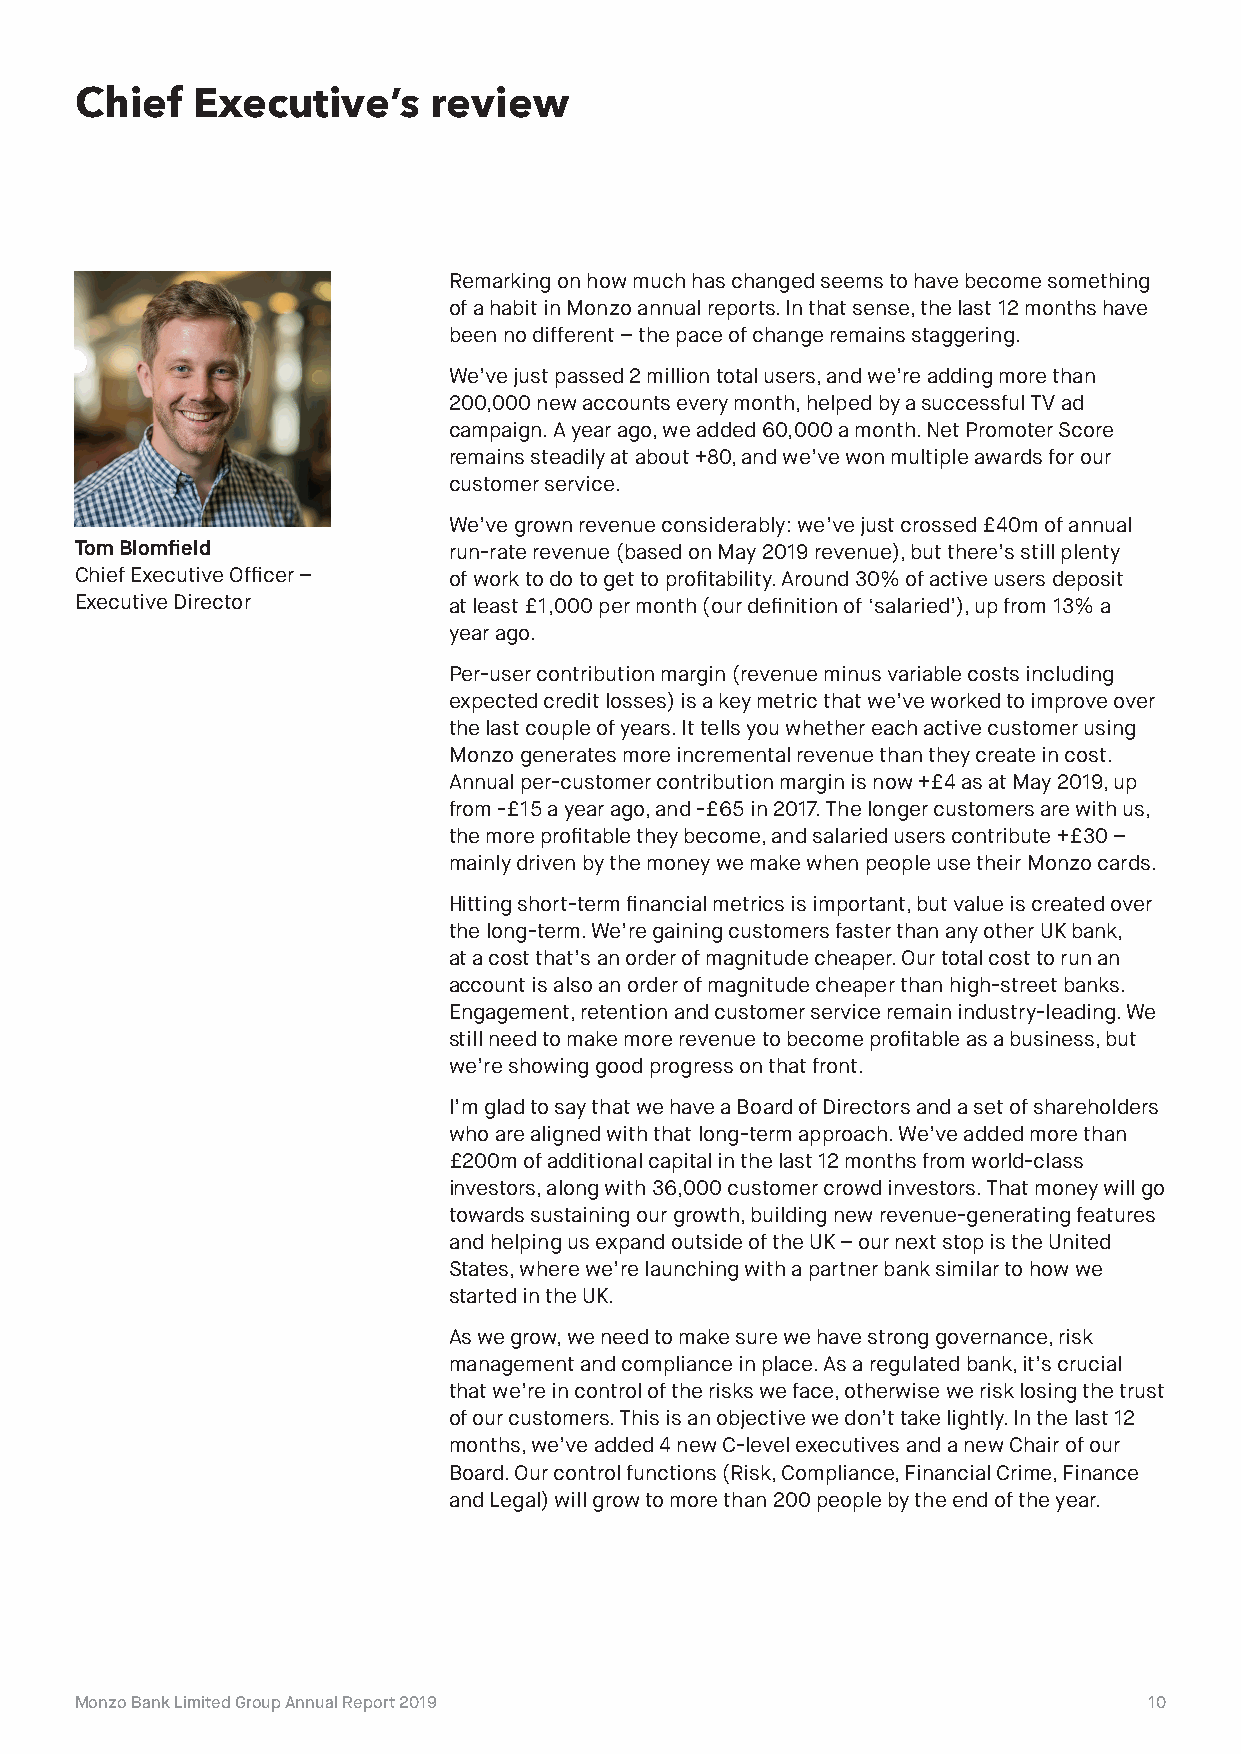
Chief   Executive’s     review
 Remarking on how much has changed seems to have become something
 of a habit in Monzo annual reports. In that sense, the last 12 months have
 been no different – the pace of change remains staggering.
 We’ve just passed 2 million total users, and we’re adding more than
 200,000 new accounts every month, helped by a successful TV ad
 campaign. A year ago, we added 60,000 a month. Net Promoter Score
 remains steadily at about +80, and we’ve won multiple awards for our
 customer service.
 We’ve grown revenue considerably: we’ve just crossed £40m of annual
 Tom Blomfield            run-rate revenue (based on May 2019 revenue), but there’s still plenty
 Chief Executive Officer – of work to do to get to profitability. Around 30% of active users deposit
 Executive Director       at least £1,000 per month (our definition of ‘salaried’), up from 13% a
 year ago.
 Per-user contribution margin (revenue minus variable costs including
 expected credit losses) is a key metric that we’ve worked to improve over
 the last couple of years. It tells you whether each active customer using
 Monzo generates more incremental revenue than they create in cost.
 Annual per-customer contribution margin is now +£4 as at May 2019, up
 from -£15 a year ago, and -£65 in 2017. The longer customers are with us,
 the more profitable they become, and salaried users contribute +£30 –
 mainly driven by the money we make when people use their Monzo cards.
 Hitting short-term financial metrics is important, but value is created over
 the long-term. We’re gaining customers faster than any other UK bank,
 at a cost that’s an order of magnitude cheaper. Our total cost to run an
 account is also an order of magnitude cheaper than high-street banks.
 Engagement, retention and customer service remain industry-leading. We
 still need to make more revenue to become profitable as a business, but
 we’re showing good progress on that front.
 I’m glad to say that we have a Board of Directors and a set of shareholders
 who are aligned with that long-term approach. We’ve added more than
 £200m of additional capital in the last 12 months from world-class
 investors, along with 36,000 customer crowd investors. That money will go
 towards sustaining our growth, building new revenue-generating features
 and helping us expand outside of the UK – our next stop is the United
 States, where we’re launching with a partner bank similar to how we
 started in the UK.
 As we grow, we need to make sure we have strong governance, risk
 management and compliance in place. As a regulated bank, it’s crucial
 that we’re in control of the risks we face, otherwise we risk losing the trust
 of our customers. This is an objective we don’t take lightly. In the last 12
 months, we’ve added 4 new C-level executives and a new Chair of our
 Board. Our control functions (Risk, Compliance, Financial Crime, Finance
 and Legal) will grow to more than 200 people by the end of the year.
 Monzo Bank Limited Group Annual Report 2019                            10